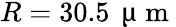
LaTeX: R=30.5\, \mathrm{~\textmu~m~}